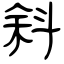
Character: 斜